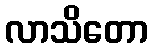
လာသိတော